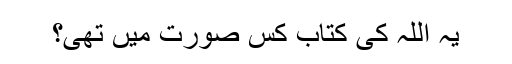
یہ اللہ کی کتاب کس صورت میں تھی؟